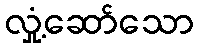
လှုံ့ဆော်သော